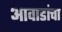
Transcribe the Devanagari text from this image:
आवाडांचा